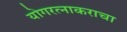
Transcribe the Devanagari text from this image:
योगरत्नाकराचा